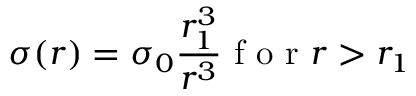
\sigma ( r ) = \sigma _ { 0 } \frac { r _ { 1 } ^ { 3 } } { r ^ { 3 } } \textrm { f o r } r > r _ { 1 }